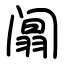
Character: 阘